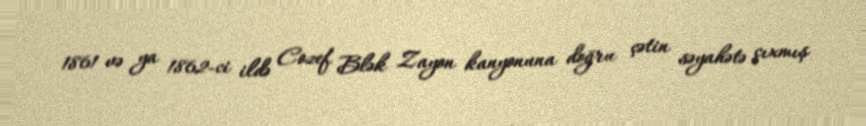
1861 və ya 1862-ci ildə Cozef Blək Zayon kanyonuna doğru çətin səyahətə çıxmış